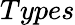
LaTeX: Types